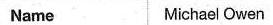
Name Michael Owen